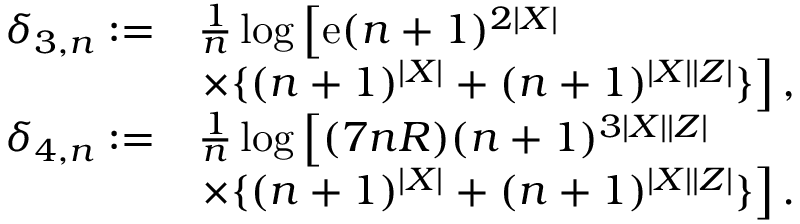
\begin{array} { r l } { \delta _ { 3 , n } : = } & { \frac { 1 } { n } \log \left[ \mathrm { e } ( n + 1 ) ^ { 2 | { \cal X } | } \right. } \\ & { \left. \times \{ ( n + 1 ) ^ { | { \cal X } | } + ( n + 1 ) ^ { | { \cal X } | | { \cal Z } | } \} \right] , } \\ { \delta _ { 4 , n } : = } & { \frac { 1 } { n } \log \left[ ( 7 n R ) ( n + 1 ) ^ { 3 | { \cal X } | | { \cal Z } | } \right. } \\ & { \left. \times \{ ( n + 1 ) ^ { | { \cal X } | } + ( n + 1 ) ^ { | { \cal X } | | { \cal Z } | } \} \right] . } \end{array}